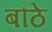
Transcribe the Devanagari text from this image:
बौठे